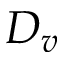
D _ { v }